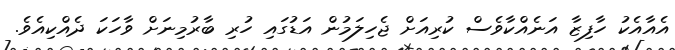
އެއާއެކު ހާފިޒާ އަނެއްކާވެސް ކުރިއަށް ޖެހިލަމުން އަޑުގައި ހުރި ބާރުމިނަށް ވާހަކަ ދެއްކިއެވެ.